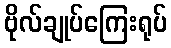
ဗိုလ်ချုပ်ကြေးရုပ်